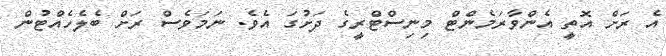
އެ ރަށް އޮތީ އެންވާރަމެންޓް މިނިސްޓްރީގެ ދަށުގަ އެވެ. ނަމަވެސް ރަށް ބެލެހެއްޓުން